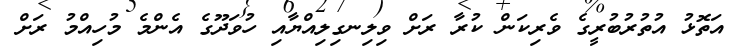
އަތޮޅު އުތުރުބުރީގެ ވެރިކަން ކުރާ ރަށް ވިލިނގިލިއްޔާއި ހުވަދޫގެ އެންމެ މުހިއްމު ރަށް